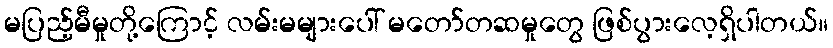
မပြည့်မီမှုတို့ကြောင့် လမ်းမများပေါ် မတော်တဆမှုတွေ ဖြစ်ပွားလေ့ရှိပါတယ်။